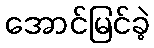
အောင်မြင်ခဲ့